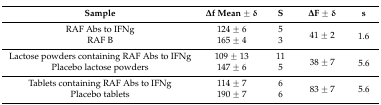
<table><thead><tr><td><b>Sample</b></td><td><b>Δf Mean ± δ</b></td><td><b>S</b></td><td><b>ΔF ± δ</b></td><td><b>s</b></td></tr></thead><tbody><tr><td>RAF Abs to IFNg</td><td>124 ± 6</td><td>5</td><td rowspan="2">41 ± 2</td><td rowspan="2">1.6</td></tr><tr><td>RAF B</td><td>165 ± 4</td><td>3</td></tr><tr><td>Lactose powders containing RAF Abs to IFNg</td><td>109 ± 13</td><td>11</td><td rowspan="2">38 ± 7</td><td rowspan="2">5.6</td></tr><tr><td>Placebo lactose powders</td><td>147 ± 6</td><td>5</td></tr><tr><td>Tablets containing RAF Abs to IFNg</td><td>114 ± 7</td><td>6</td><td rowspan="2">83 ± 7</td><td rowspan="2">5.6</td></tr><tr><td>Placebo tablets</td><td>190 ± 7</td><td>6</td></tr></tbody></table>